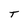
Character: T